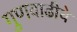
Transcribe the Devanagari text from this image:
गुणवाढीचे